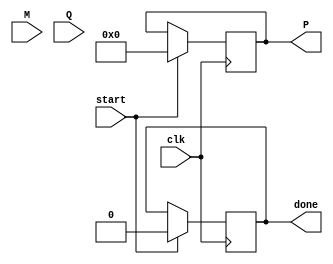
module modified_booth_multiplier #(
    parameter WIDTH = 8  // Bit-width for multiplicand and multiplier
) (
    input signed [WIDTH-1:0] M,          // Multiplicand
    input signed [WIDTH-1:0] Q,          // Multiplier
    input clk,                            // Clock signal
    input start,                          // Start signal for multiplication
    output reg signed [2*WIDTH-1:0] P,   // Product output
    output reg done                       // Done signal
);

    reg signed [WIDTH-1:0] A;            // Accumulator
    reg [WIDTH-1:0] Q_reg;                // Multiplier (register)
    reg Q_1;                              // Previous Q bit
    reg [2:0] count;                      // Counter for iterations

    // Initialize registers
    always @(posedge clk) begin
        if (start) begin
            A <= 0;
            Q_reg <= Q;
            Q_1 <= 0;
            count <= 0;
            P <= 0;
            done <= 0;
        end else if (count < WIDTH) begin
            case ({Q_reg[0], Q_1})
                2'b00: begin
                    // No operation
                end
                2'b01: begin
                    // A = A + M
                    A <= A + M;
                end
                2'b10: begin
                    // A = A - M
                    A <= A - M;
                end
                2'b11: begin
                    // No operation
                end
            endcase
            
            // Arithmetic Right Shift: Combine A and Q
            {A, Q_reg} <= {A, Q_reg} >>> 1;
            Q_1 <= Q_reg[0];  // Update Q-1
            
            // Increment the count
            count <= count + 1;
        end else if (count == WIDTH) begin
            // Complete the operation
            P <= {A, Q_reg}; // Combine A and Q for final product
            done <= 1;       // Set done signal
        end
    end
endmodule